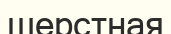
шерстная